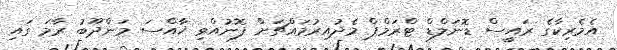
އެމެރިކާގެ ރައީސް ޑޮނަލްޑް ޓްރަމްޕް މެދުއިރުމައްޗަށް ފޮނުއްވި ޚާއްސަ މަންދޫބު ރާމަ ގައި